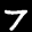
Label: 7